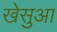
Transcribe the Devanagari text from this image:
खेसुआ